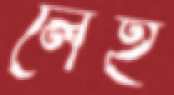
লেহ